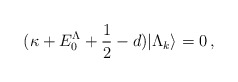
\begin{align*}(\kappa +E_0^\Lambda+\frac{1}{2}-d)|\Lambda_k\rangle=0\,,\end{align*}